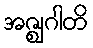
အဇ္ဈဂါတိ